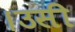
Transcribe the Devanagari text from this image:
।उसी